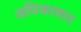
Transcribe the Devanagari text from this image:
अधिकाशत